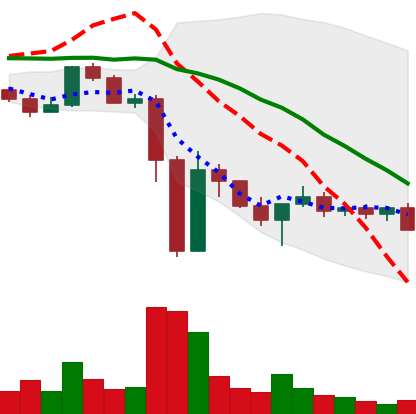
Ticker: XLM-USD
Chart end date: 2022-11-20
Forward return: 3.158%
Label: up_3_5